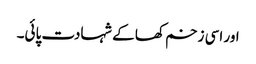
اور اسی زخم کھا کے شہادت پائی۔